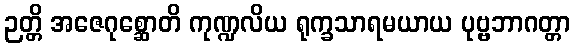
ဉတ္တိ အဇေဂုစ္ဆောတိ ကုဏ္ဍလိယ ရုက္ခသာရမယာယ ပုဗ္ဗဘာဂတ္တာ